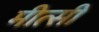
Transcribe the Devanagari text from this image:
मीत्सी